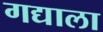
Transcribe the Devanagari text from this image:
गद्याला